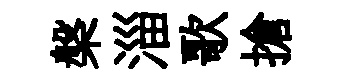
槃淄歌搶